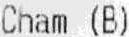
CHAM (B)